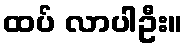
ထပ် လာပါဦး။